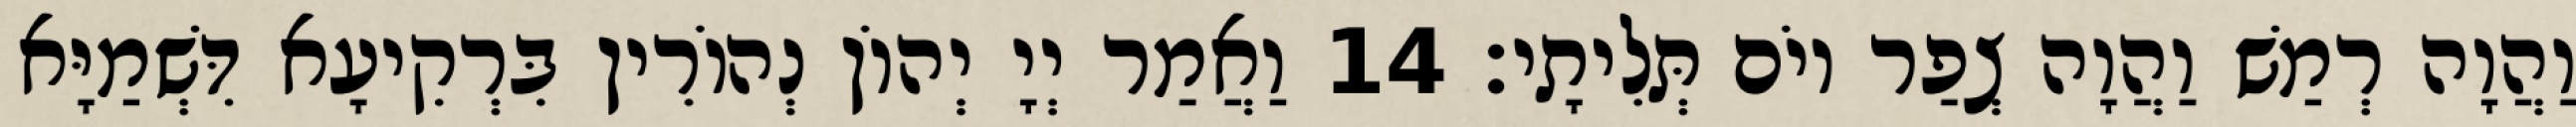
וַהֲוָה רְמַשׁ וַהֲוָה צְפַר יוֹם תְּלִיתָי׃ 14 וַאֲמַר יְיָ יְהוֹן נְהוֹרִין בִּרְקִיעָא דִּשְׁמַיָּא